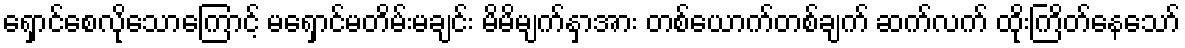
ရှောင်စေလိုသောကြောင့် မရှောင်မတိမ်းမချင်း မိမိမျက်နှာအား တစ်ယောက်တစ်ချက် ဆက်လက် ထိုးကြိတ်နေသော်